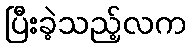
ပြီးခဲ့သည့်လက